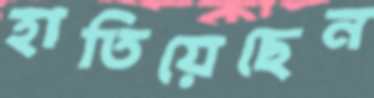
হাতিয়েছেন